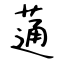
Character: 蓪